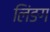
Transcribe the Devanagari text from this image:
लिंङग